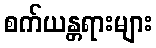
စက်ယန္တရားများ